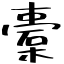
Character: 橐